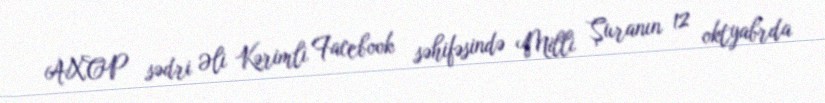
AXCP sədri Əli Kərimli Facebook səhifəsində Milli Şuranın 12 oktyabrda